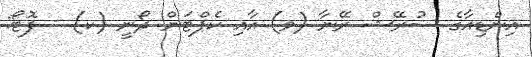
އިންޑިއާގެ ސުރޭޝް ރޭނާ (ވ) އާއި ކެޕްޓަން ދޯނީ (ކ) - ފޮޓޯ: